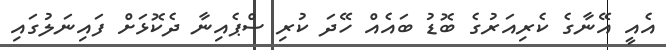
އެއީ އޭނާގެ ކެރިއަރުގެ ބޮޑު ބައެއް ހޭދަ ކުރި ސްޕެއިނާ ދެކޮޅަށް ފައިނަލުގައި